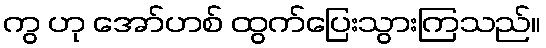
ကွ ဟု အော်ဟစ် ထွက်ပြေးသွားကြသည်။